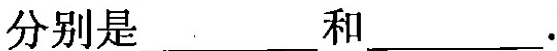
分别是___和___.